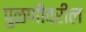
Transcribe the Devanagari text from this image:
पुळणीवरील